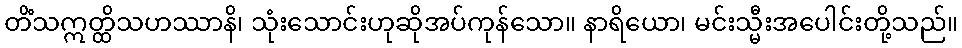
တိံသဣတ္ထိသဟဿာနိ၊ သုံးသောင်းဟုဆိုအပ်ကုန်သော။ နာရိယော၊ မင်းသ္မီးအပေါင်းတို့သည်။